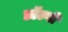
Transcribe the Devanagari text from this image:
डॉल्गी